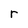
Character: r